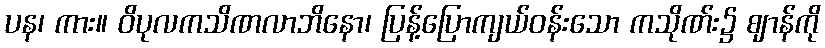
ပန၊ ကား။ ဝိပုလကသိဏလာဘိနော၊ ပြန့်ပြောကျယ်ဝန်းသော ကသိုဏ်း၌ ဈာန်ကို